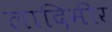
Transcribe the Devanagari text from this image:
लादिमीर